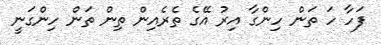
ފަހާ ހަ ތަން ހިންގާ އިރު އޭގެ ތެރެއިން ތިން ތަން ހިންގަނީ